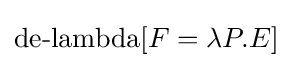
\operatorname {de-lambda} [F=\lambda P.E]